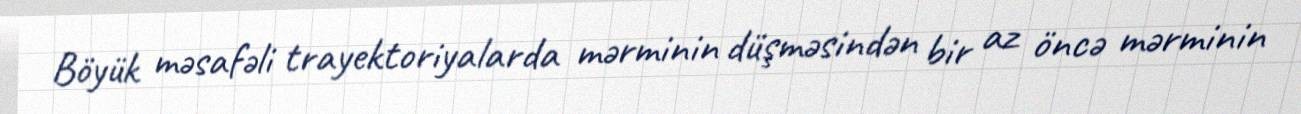
Böyük məsafəli trayektoriyalarda mərminin düşməsindən bir az öncə mərminin